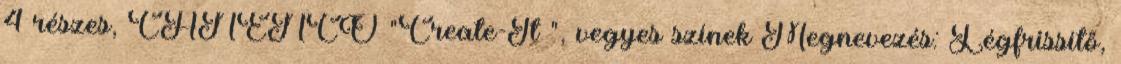
4 részes, CANENCO "Create-It ", vegyes színek Megnevezés: Légfrissítő,